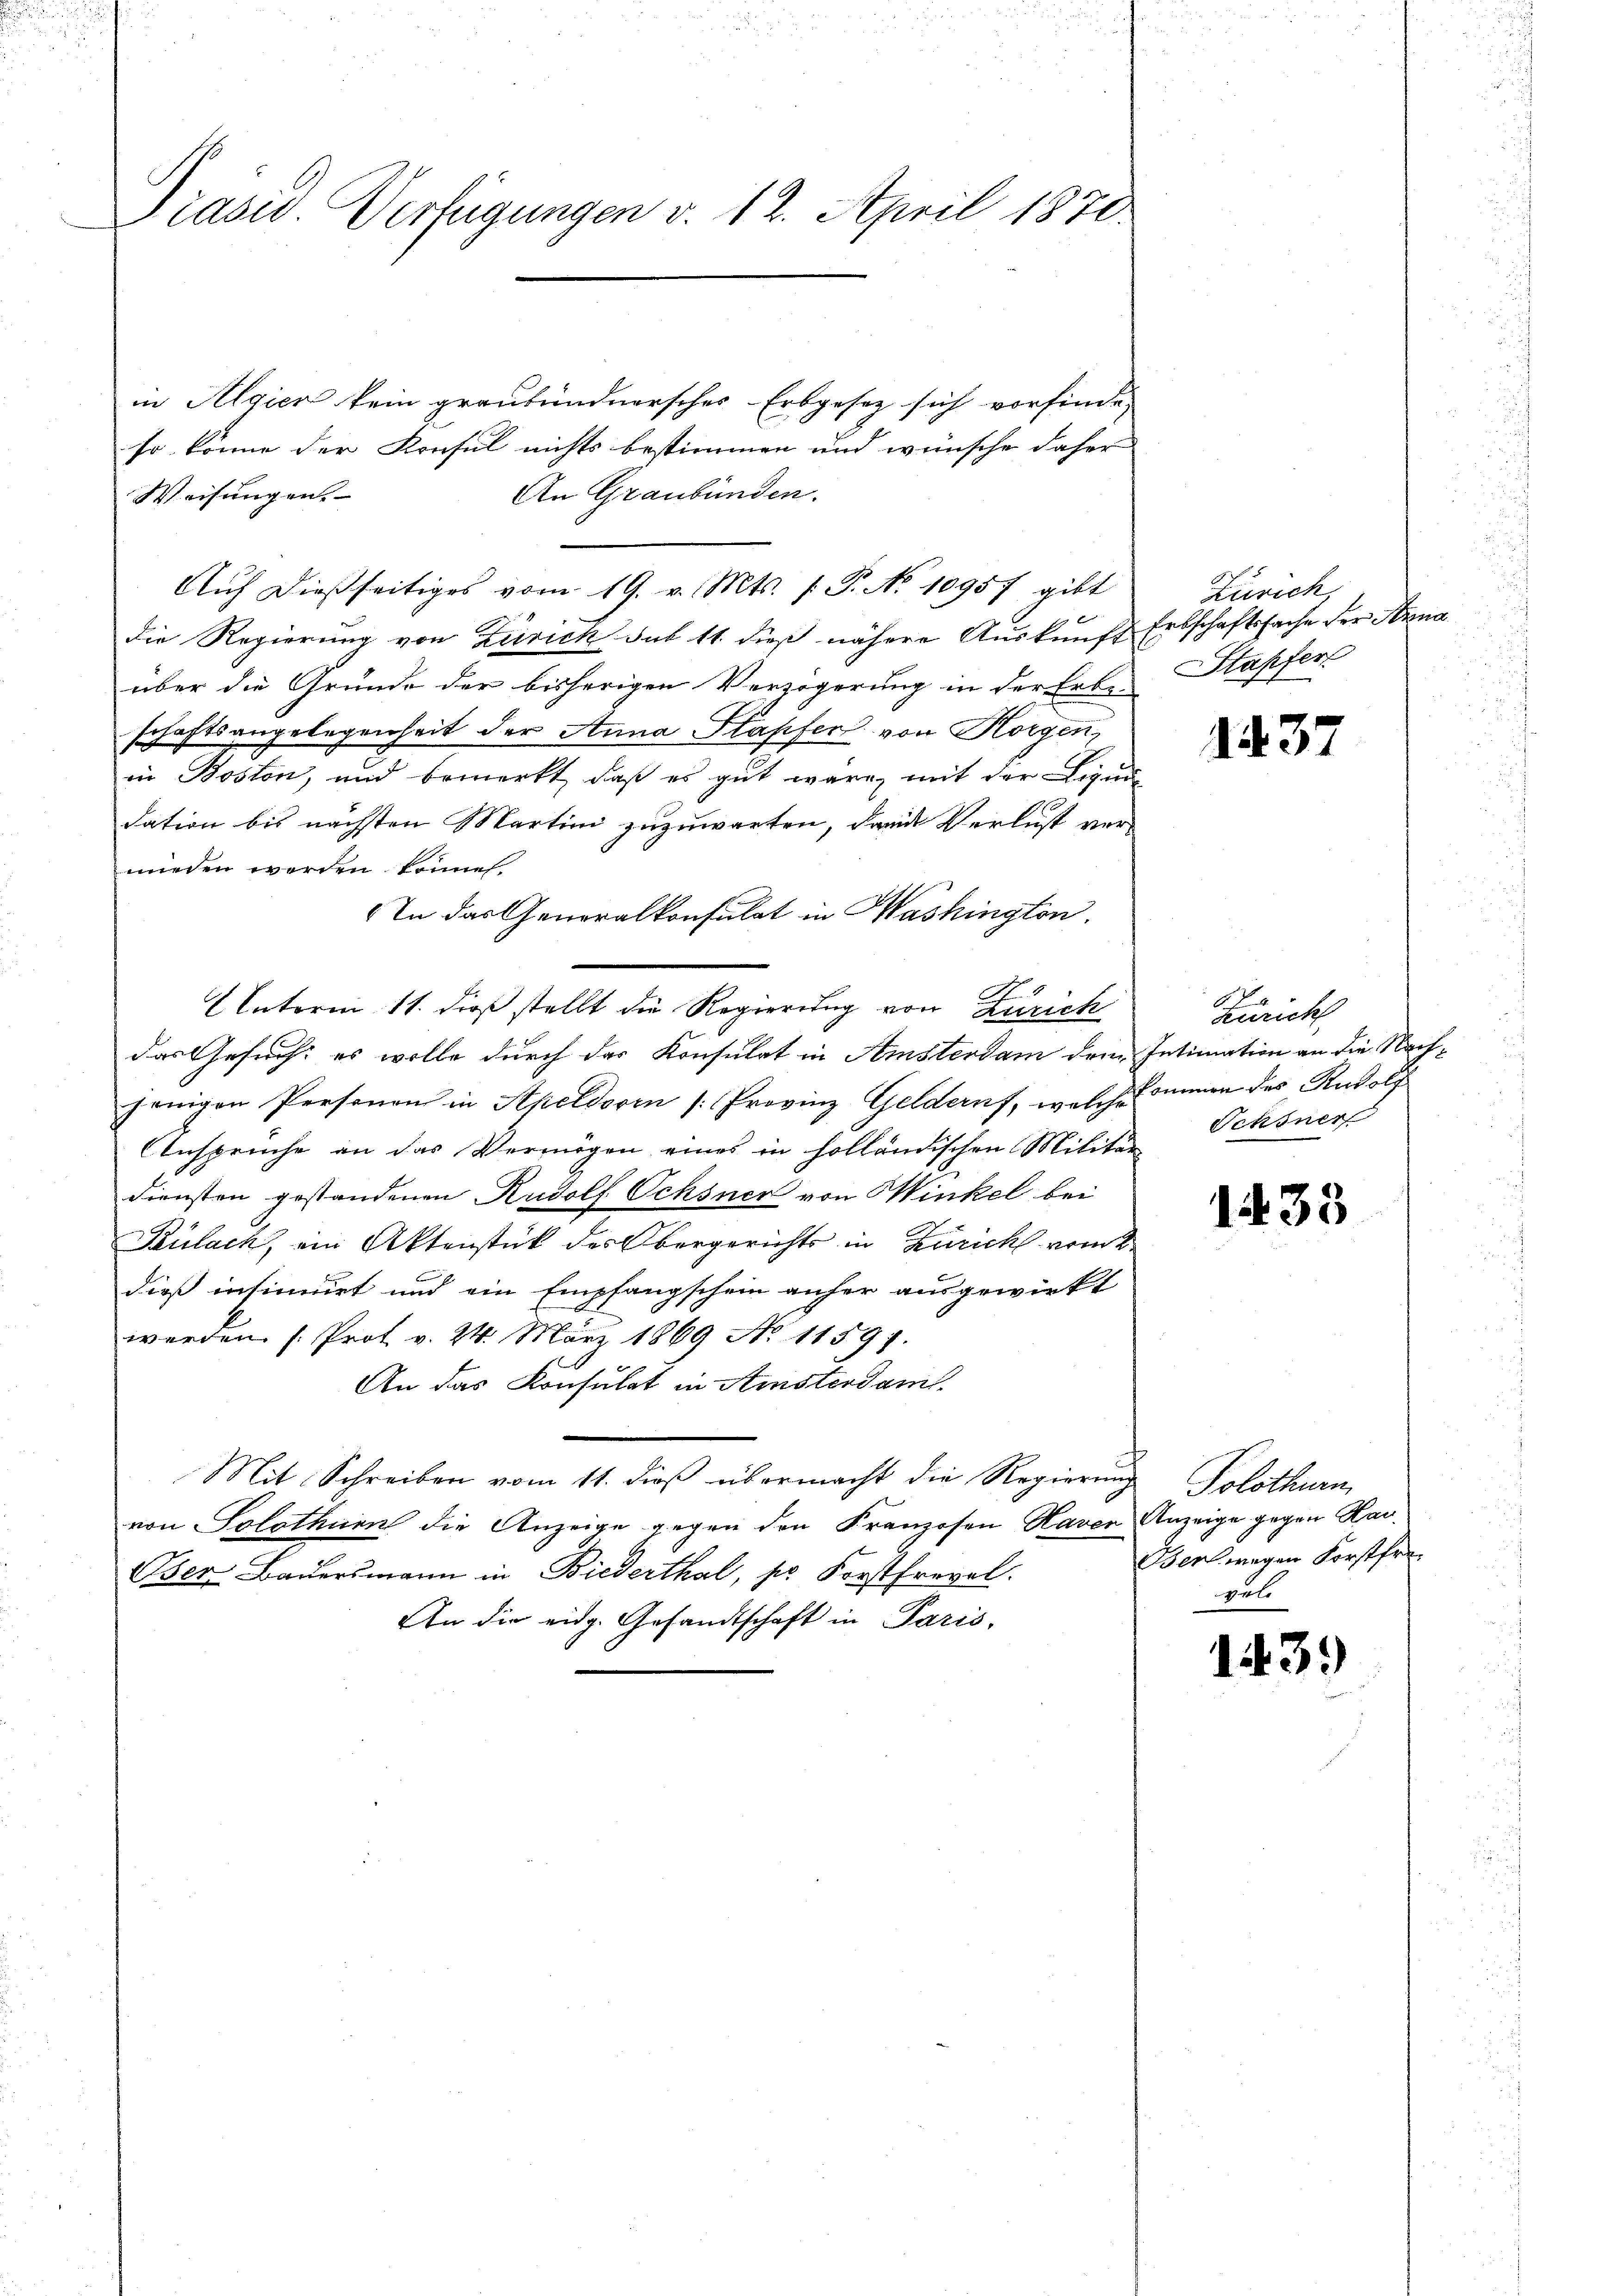
Präsid. Verfügungen v. 12. April 1870.

in Algier kein graubündnersches Erbgesez sich vorfinde,
so könne der Konsul nichts bestimmen und wünsche daher
An Graubünden.
Weisungen.
Auf dießseitiges vom 19. v. Mts. f. P. No 10957 gibt
die Regierung von Zürich sub 11. dieß nähere Auskunft Erbschaftssache der Strna
über die Gründe der bisherigen Verzögerung in der Erbe
schaftsangelegenheit der Anna Stapfer von Horgen,
in Boston, und bemerkt, daß es gut wäre, mit der Legun
dation bis nächsten Martini zuzuwarten, damit Verlust verworden werden könne.
In das Generalkonsulat in Washington.
Interm 11. dieß stellt die Regierung von Zürich
das Gesuch: es wolle durch das Konsulat in Amsterdam dem Intimation an die Nachjenigen Personen in Apeldoren (Provinz Geldernf, welche sommen des Rudolf
Ansprüche an das Vermögen eines in holländischen Militär
diensten gestandenen Rudolf Ochsner von Winkel bei
Külach, ein Aktenstück des Obergerichts in Zürich vor
dieß insinuirt und ein Empfangschein anher ausgewirkt
werden (Prot. v. 24. März 1869 No 11597.
An das Konsulat in Amsterdam.
Mit Schreiben vom 11. dieß übermacht die Regierung Solothurn,
von Solothurn die Anzeige gegen den Franzosen Haver Anzeige gegen Hau¬
Oser Bauersmann in Biederthal, so Forstfrevel.
An die eidg. Gesandtschaft in Paris,

Zürich,
Stapfer

1437

Zürich
Schöner

1433

Berl wegen Forstfre
gut.

1439